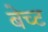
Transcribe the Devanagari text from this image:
बेच्ट